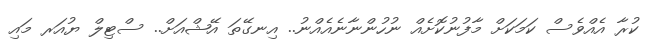
ކުރާ އެއްވެސް ކަމަކަށް މާފުނުކޮށެއް ނުހުންނާނެއެއްނު.. އިނގޭތަ އޭޝްއަށް.. ސްޓިލް ޔުއަރ މައި